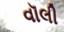
વૉલી